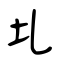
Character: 圠